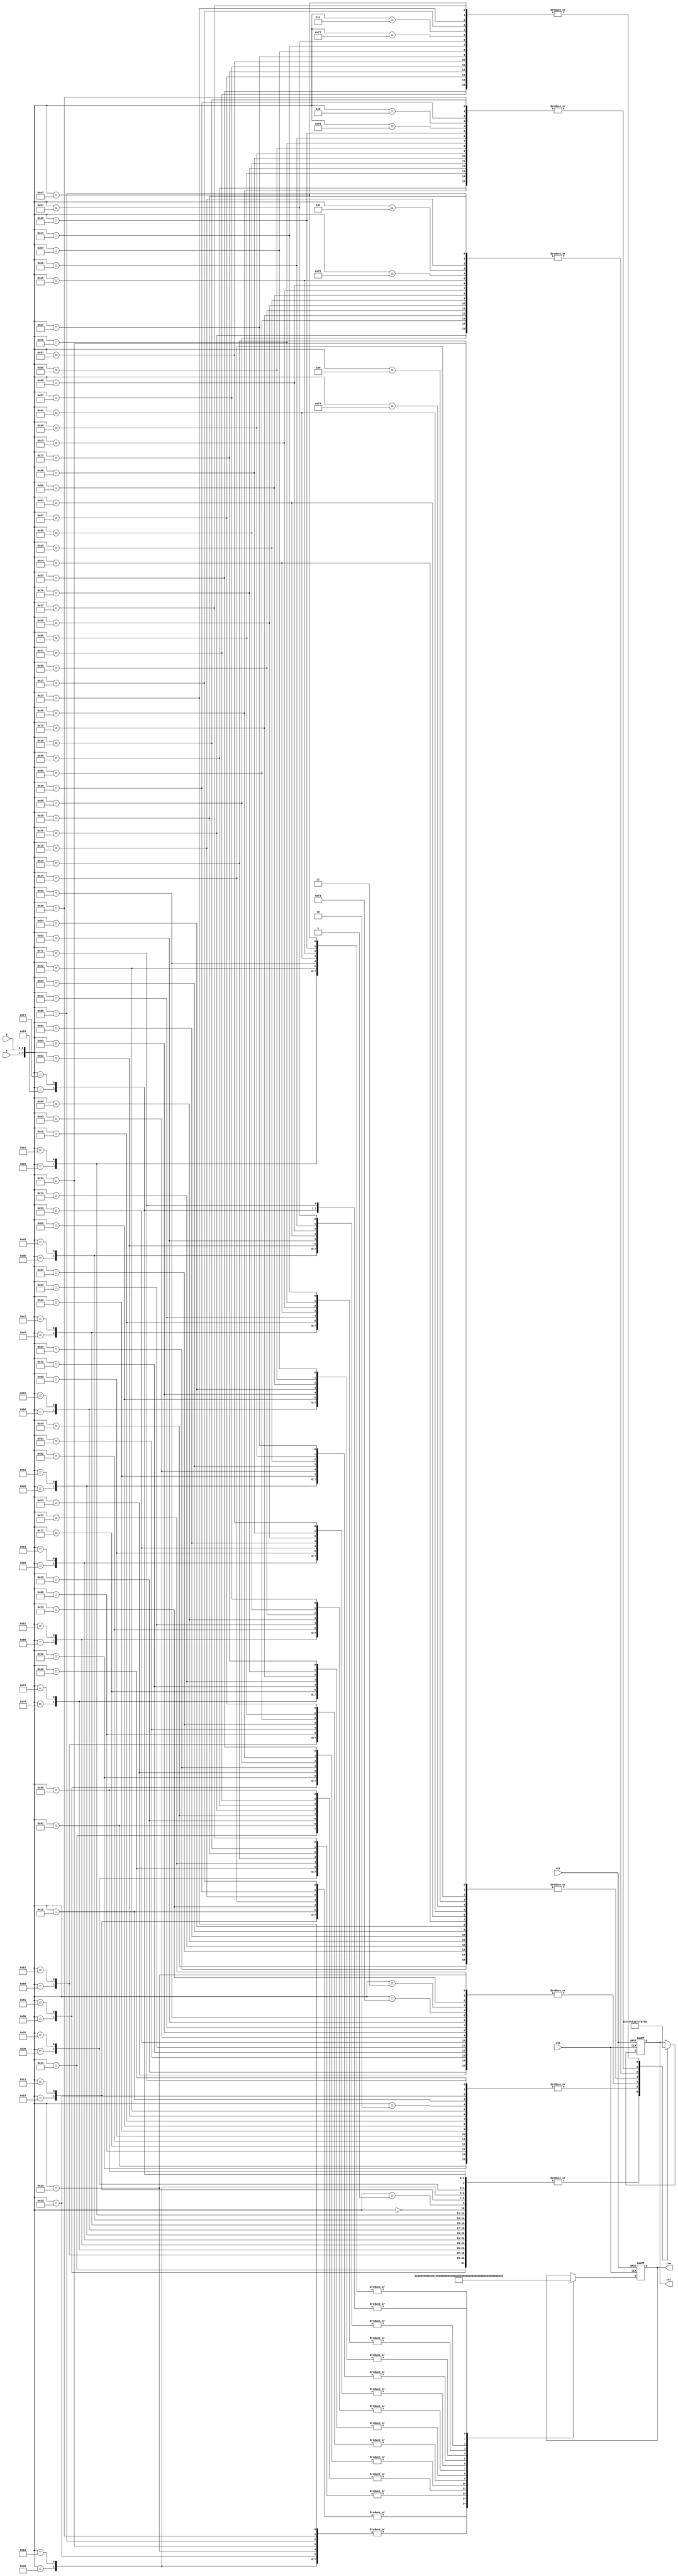
// ********************************************************************
// >>>>>>>>>>>>>>>>>>>>>>>>> COPYRIGHT NOTICE <<<<<<<<<<<<<<<<<<<<<<<<<
// ********************************************************************
// Module name  : led_matrix_dot_driver
// Description  : LEDx,y2*2LE
//				  D
// Web          : www.stepfpga.com
// 
// --------------------------------------------------------------------
// Code Revision History : 
// --------------------------------------------------------------------
// Version: |Mod. Date:   |Changes Made:
// V1.0     |2017/06/11   |Initial ver
// --------------------------------------------------------------------
module led_matrix_dot_driver(clk,rst,row,col,x,y);
	
	input 			clk;		//=12M	
	input 			rst;		//
	input 	[3:0] 	x;			//x
	input 	[3:0] 	y;			//y
	output 	[15:0] 	row;		//16LED
	output 	[7:0] 	col;		//8LED
	
	wire 	[7:0] coordinate;	//
	assign coordinate={x,y};	//x,y
	
	reg 	[15:0] 	row;		
	reg 	[7:0] 	col;
		
	always@(posedge clk or negedge rst) begin	//
		if(!rst) begin
			row<=1'b0;
			col<=1'b0; end
		else 
			case(coordinate)
				8'h00: begin row<=~16'b1111_1111_1111_1100; col<=8'b1111_1100; 	end
				8'h01: begin row<=~16'b1111_1111_1111_1100; col<=8'b1111_1100;	end			
				8'h02: begin row<=~16'b1111_1111_1111_1100; col<=8'b1111_1001; 	end	
				8'h03: begin row<=~16'b1111_1111_1111_1100; col<=8'b1111_0011; 	end
				8'h04: begin row<=~16'b1111_1111_1111_1100; col<=8'b1110_0111; 	end
				8'h05: begin row<=~16'b1111_1111_1111_1100; col<=8'b1100_1111;	end			
				8'h06: begin row<=~16'b1111_1111_1111_1100; col<=8'b1001_1111; 	end	
				8'h07: begin row<=~16'b1111_1111_1111_1100; col<=8'b0011_1111; 	end

				8'h10: begin row<=~16'b1111_1111_1111_1100; col<=8'b1111_1100; end
				8'h11: begin row<=~16'b1111_1111_1111_1100; col<=8'b1111_1100; end			
				8'h12: begin row<=~16'b1111_1111_1111_1100; col<=8'b1111_1001; end	
				8'h13: begin row<=~16'b1111_1111_1111_1100; col<=8'b1111_0011; end
				8'h14: begin row<=~16'b1111_1111_1111_1100; col<=8'b1110_0111; end
				8'h15: begin row<=~16'b1111_1111_1111_1100; col<=8'b1100_1111; end			
				8'h16: begin row<=~16'b1111_1111_1111_1100; col<=8'b1001_1111; end	
				8'h17: begin row<=~16'b1111_1111_1111_1100; col<=8'b0011_1111; end

				8'h20: begin row<=~16'b1111_1111_1111_1001; col<=8'b1111_1100; end
				8'h21: begin row<=~16'b1111_1111_1111_1001; col<=8'b1111_1100; end			
				8'h22: begin row<=~16'b1111_1111_1111_1001; col<=8'b1111_1001; end	
				8'h23: begin row<=~16'b1111_1111_1111_1001; col<=8'b1111_0011; end
				8'h24: begin row<=~16'b1111_1111_1111_1001; col<=8'b1110_0111; end
				8'h25: begin row<=~16'b1111_1111_1111_1001; col<=8'b1100_1111; end			
				8'h26: begin row<=~16'b1111_1111_1111_1001; col<=8'b1001_1111; end	
				8'h27: begin row<=~16'b1111_1111_1111_1001; col<=8'b0011_1111; end

				8'h30: begin row<=~16'b1111_1111_1111_0011 ; col<=8'b1111_1100; end
				8'h31: begin row<=~16'b1111_1111_1111_0011 ; col<=8'b1111_1100; end			
				8'h32: begin row<=~16'b1111_1111_1111_0011 ; col<=8'b1111_1001; end	
				8'h33: begin row<=~16'b1111_1111_1111_0011 ; col<=8'b1111_0011; end
				8'h34: begin row<=~16'b1111_1111_1111_0011 ; col<=8'b1110_0111; end
				8'h35: begin row<=~16'b1111_1111_1111_0011 ; col<=8'b1100_1111; end			
				8'h36: begin row<=~16'b1111_1111_1111_0011 ; col<=8'b1001_1111; end	
				8'h37: begin row<=~16'b1111_1111_1111_0011 ; col<=8'b0011_1111; end

				8'h40: begin row<=~16'b1111_1111_1110_0111; col<=8'b1111_1100; end
				8'h41: begin row<=~16'b1111_1111_1110_0111; col<=8'b1111_1100; end			
				8'h42: begin row<=~16'b1111_1111_1110_0111; col<=8'b1111_1001; end	
				8'h43: begin row<=~16'b1111_1111_1110_0111; col<=8'b1111_0011; end
				8'h44: begin row<=~16'b1111_1111_1110_0111; col<=8'b1110_0111; end
				8'h45: begin row<=~16'b1111_1111_1110_0111; col<=8'b1100_1111; end			
				8'h46: begin row<=~16'b1111_1111_1110_0111; col<=8'b1001_1111; end	
				8'h47: begin row<=~16'b1111_1111_1110_0111; col<=8'b0011_1111; end

				8'h50:  begin row<=~16'b1111_1111_1100_1111; col<=8'b1111_1100; end
				8'h51:  begin row<=~16'b1111_1111_1100_1111; col<=8'b1111_1100; end			
				8'h52:  begin row<=~16'b1111_1111_1100_1111; col<=8'b1111_1001; end	
				8'h53:  begin row<=~16'b1111_1111_1100_1111; col<=8'b1111_0011; end
				8'h54:  begin row<=~16'b1111_1111_1100_1111; col<=8'b1110_0111; end
				8'h55:  begin row<=~16'b1111_1111_1100_1111; col<=8'b1100_1111; end			
				8'h56:  begin row<=~16'b1111_1111_1100_1111; col<=8'b1001_1111; end	
				8'h57:  begin row<=~16'b1111_1111_1100_1111; col<=8'b0011_1111; end

				8'h60:  begin row<=~16'b1111_1111_1001_1111; col<=8'b1111_1100; end
				8'h61:  begin row<=~16'b1111_1111_1001_1111; col<=8'b1111_1100; end			
				8'h62:  begin row<=~16'b1111_1111_1001_1111; col<=8'b1111_1001; end	
				8'h63:  begin row<=~16'b1111_1111_1001_1111; col<=8'b1111_0011; end
				8'h64:  begin row<=~16'b1111_1111_1001_1111; col<=8'b1110_0111; end
				8'h65:  begin row<=~16'b1111_1111_1001_1111; col<=8'b1100_1111; end			
				8'h66:  begin row<=~16'b1111_1111_1001_1111; col<=8'b1001_1111; end	
				8'h67:  begin row<=~16'b1111_1111_1001_1111; col<=8'b0011_1111; end
					
				8'h70: begin row<=~16'b1111_1111_0011_1111; col<=8'b1111_1100; end
				8'h71: begin row<=~16'b1111_1111_0011_1111; col<=8'b1111_1100; end			
				8'h72: begin row<=~16'b1111_1111_0011_1111; col<=8'b1111_1001; end	
				8'h73: begin row<=~16'b1111_1111_0011_1111; col<=8'b1111_0011; end
				8'h74: begin row<=~16'b1111_1111_0011_1111; col<=8'b1110_0111; end
				8'h75: begin row<=~16'b1111_1111_0011_1111; col<=8'b1100_1111; end			
				8'h76: begin row<=~16'b1111_1111_0011_1111; col<=8'b1001_1111; end	
				8'h77: begin row<=~16'b1111_1111_0011_1111; col<=8'b0011_1111; end	
					
				8'h80: begin row<=~16'b1111_1110_0111_1111; col<=8'b1111_1100; end
				8'h81: begin row<=~16'b1111_1110_0111_1111; col<=8'b1111_1100;	end			
				8'h82: begin row<=~16'b1111_1110_0111_1111; col<=8'b1111_1001; end	
				8'h83: begin row<=~16'b1111_1110_0111_1111; col<=8'b1111_0011; end
				8'h84: begin row<=~16'b1111_1110_0111_1111; col<=8'b1110_0111; end
				8'h85: begin row<=~16'b1111_1110_0111_1111; col<=8'b1100_1111;	end			
				8'h86: begin row<=~16'b1111_1110_0111_1111; col<=8'b1001_1111; end	
				8'h87: begin row<=~16'b1111_1110_0111_1111; col<=8'b0011_1111; end
                
				8'h90: begin row<=~16'b1111_1100_1111_1111; col<=8'b1111_1100; end
				8'h91: begin row<=~16'b1111_1100_1111_1111; col<=8'b1111_1100; end			
				8'h92: begin row<=~16'b1111_1100_1111_1111; col<=8'b1111_1001; end	
				8'h93: begin row<=~16'b1111_1100_1111_1111; col<=8'b1111_0011; end
				8'h94: begin row<=~16'b1111_1100_1111_1111; col<=8'b1110_0111; end
				8'h95: begin row<=~16'b1111_1100_1111_1111; col<=8'b1100_1111; end			
				8'h96: begin row<=~16'b1111_1100_1111_1111; col<=8'b1001_1111; end	
				8'h97: begin row<=~16'b1111_1100_1111_1111; col<=8'b0011_1111; end
                
				8'hA0: begin row<=~16'b1111_1001_1111_1111; col<=8'b1111_1100; end
				8'hA1: begin row<=~16'b1111_1001_1111_1111; col<=8'b1111_1100; end			
				8'hA2: begin row<=~16'b1111_1001_1111_1111; col<=8'b1111_1001; end	
				8'hA3: begin row<=~16'b1111_1001_1111_1111; col<=8'b1111_0011; end
				8'hA4: begin row<=~16'b1111_1001_1111_1111; col<=8'b1110_0111; end
				8'hA5: begin row<=~16'b1111_1001_1111_1111; col<=8'b1100_1111; end			
				8'hA6: begin row<=~16'b1111_1001_1111_1111; col<=8'b1001_1111; end	
				8'hA7: begin row<=~16'b1111_1001_1111_1111; col<=8'b0011_1111; end
                
				8'hB0: begin row<=~16'b1111_0011_1111_1111 ; col<=8'b1111_1100; end
				8'hB1: begin row<=~16'b1111_0011_1111_1111 ; col<=8'b1111_1100; end			
				8'hB2: begin row<=~16'b1111_0011_1111_1111 ; col<=8'b1111_1001; end	
				8'hB3: begin row<=~16'b1111_0011_1111_1111 ; col<=8'b1111_0011; end
				8'hB4: begin row<=~16'b1111_0011_1111_1111 ; col<=8'b1110_0111; end
				8'hB5: begin row<=~16'b1111_0011_1111_1111 ; col<=8'b1100_1111; end			
				8'hB6: begin row<=~16'b1111_0011_1111_1111 ; col<=8'b1001_1111; end	
				8'hB7: begin row<=~16'b1111_0011_1111_1111 ; col<=8'b0011_1111; end
                
				8'hC0: begin row<=~16'b1110_0111_1111_1111; col<=8'b1111_1100; end
				8'hC1: begin row<=~16'b1110_0111_1111_1111; col<=8'b1111_1100; end			
				8'hC2: begin row<=~16'b1110_0111_1111_1111; col<=8'b1111_1001; end	
				8'hC3: begin row<=~16'b1110_0111_1111_1111; col<=8'b1111_0011; end
				8'hC4: begin row<=~16'b1110_0111_1111_1111; col<=8'b1110_0111; end
				8'hC5: begin row<=~16'b1110_0111_1111_1111; col<=8'b1100_1111; end			
				8'hC6: begin row<=~16'b1110_0111_1111_1111; col<=8'b1001_1111; end	
				8'hC7: begin row<=~16'b1110_0111_1111_1111; col<=8'b0011_1111; end

				8'hD0: begin row<=~16'b1100_1111_1111_1111; col<=8'b1111_1100; end
				8'hD1: begin row<=~16'b1100_1111_1111_1111; col<=8'b1111_1100; end			
				8'hD2: begin row<=~16'b1100_1111_1111_1111; col<=8'b1111_1001; end	
				8'hD3: begin row<=~16'b1100_1111_1111_1111; col<=8'b1111_0011; end
				8'hD4: begin row<=~16'b1100_1111_1111_1111; col<=8'b1110_0111; end
				8'hD5: begin row<=~16'b1100_1111_1111_1111; col<=8'b1100_1111; end			
				8'hD6: begin row<=~16'b1100_1111_1111_1111; col<=8'b1001_1111; end	
				8'hD7: begin row<=~16'b1100_1111_1111_1111; col<=8'b0011_1111; end
                
				8'hE0: begin row<=~16'b1001_1111_1111_1111; col<=8'b1111_1100; end
				8'hE1: begin row<=~16'b1001_1111_1111_1111; col<=8'b1111_1100; end			
				8'hE2: begin row<=~16'b1001_1111_1111_1111; col<=8'b1111_1001; end	
				8'hE3: begin row<=~16'b1001_1111_1111_1111; col<=8'b1111_0011; end
				8'hE4: begin row<=~16'b1001_1111_1111_1111; col<=8'b1110_0111; end
				8'hE5: begin row<=~16'b1001_1111_1111_1111; col<=8'b1100_1111; end			
				8'hE6: begin row<=~16'b1001_1111_1111_1111; col<=8'b1001_1111; end	
				8'hE7: begin row<=~16'b1001_1111_1111_1111; col<=8'b0011_1111; end
				
				8'hF0: begin row<=~16'b0011_1111_1111_1111; col<=8'b1111_1100; end
				8'hF1: begin row<=~16'b0011_1111_1111_1111; col<=8'b1111_1100; end			
				8'hF2: begin row<=~16'b0011_1111_1111_1111; col<=8'b1111_1001; end	
				8'hF3: begin row<=~16'b0011_1111_1111_1111; col<=8'b1111_0011; end
				8'hF4: begin row<=~16'b0011_1111_1111_1111; col<=8'b1110_0111; end
				8'hF5: begin row<=~16'b0011_1111_1111_1111; col<=8'b1100_1111; end			
				8'hF6: begin row<=~16'b0011_1111_1111_1111; col<=8'b1001_1111; end	
				8'hF7: begin row<=~16'b0011_1111_1111_1111; col<=8'b0011_1111; end
			default	 : begin row<=row; col<=col; end
			endcase
		end
endmodule